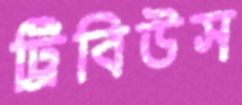
ট্রিবিউস